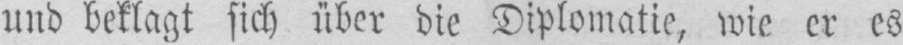
und beklagt sich über die Diplomatie, wie er es